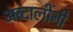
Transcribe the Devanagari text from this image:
अब्दालींनी